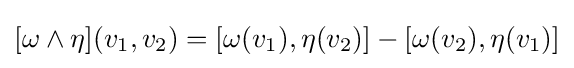
[\omega \wedge \eta ](v_{1},v_{2})=[\omega (v_{1}),\eta (v_{2})]-[\omega (v_{2}),\eta (v_{1})]